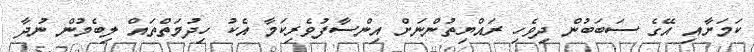
ކަމަށާއި އޭގެ ސަބަބުން ދިވެހި ރައްޔިތުންނަށް އިންސާފުވެރިކަމާ އެކު ހިދުމަތްތައް ލިބެމުން ނުދާ